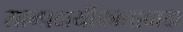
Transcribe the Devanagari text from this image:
साम्प्रदायीकातावादा